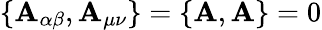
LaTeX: \{ \mathbf{A}_{\alpha\beta},\mathbf{A}_{\mu\nu}\} =\{ {\cal{\mathbf{A}}},{\cal{\mathbf{A}}}\} =0